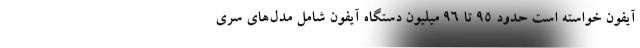
آیفون خواسته است حدود ۹۵ تا ۹۶ میلیون دستگاه آیفون شامل مدل‌های سری